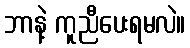
ဘာနဲ့ ကူညီပေးရမလဲ။